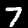
Label: 7